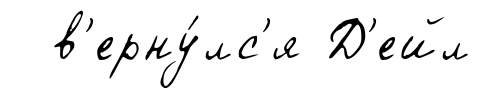
в'ерну́лс'я Д'ейл